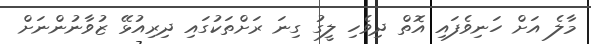
މާލެ އަށް ހަނިވެފައި އޮޮތް ދިވެހި ލީގު ގިނަ ރަށްތަކުގައިި ދިރިއުޅޭ ޒުވާނުންނަށް